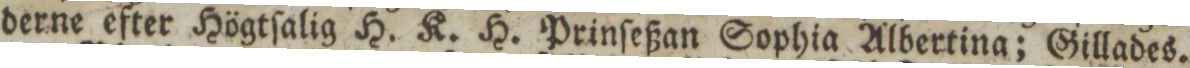
derne efter Högtſalig H. K. H. Prinſeßan Sophia Albertina; Gillades.